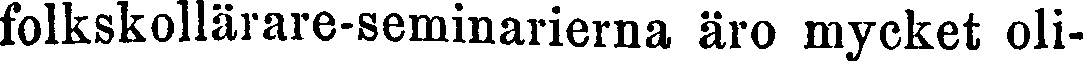
folkskollärare-seminarierna äro mycket oli-